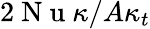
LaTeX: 2\mathrm{~N~u~}\kappa/A\kappa_{t}